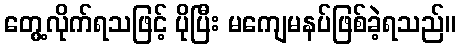
တွေ့လိုက်ရသဖြင့် ပိုပြီး မကျေမနပ်ဖြစ်ခဲ့ရသည်။